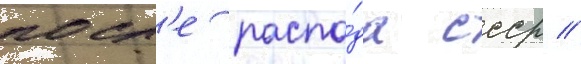
посл'е распа́да ссср //